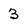
Character: 3